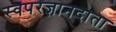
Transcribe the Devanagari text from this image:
स्वपरज्ञानदाता